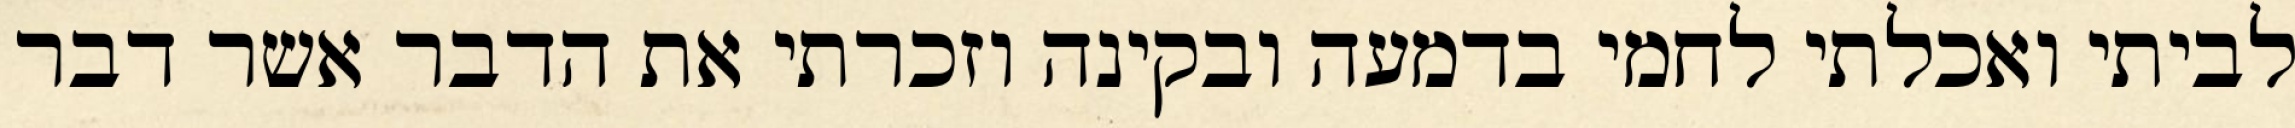
לביתי ואכלתי לחמי בדמעה ובקינה וזכרתי את הדבר אשר דבר